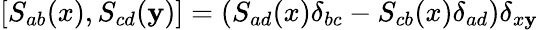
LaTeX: \left[S_{ab}(x),S_{cd}(\mathbf{y})\right]=(S_{ad}(x)\delta_{bc}-S_{cb}(x)\delta_{ad})\delta_{x\mathbf{y}}